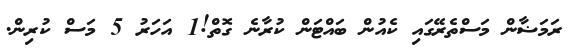
ރަމަޟާން މަސްތެރޭގައި ކެއުން ބައްޓަން ކުރާނެ ގޮތް!1 އަހަރު 5 މަސް ކުރިން.